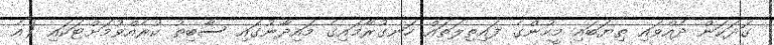
ގަދަކަން ދެއްވައި ތިޔަބައި މީހުންގެ ފައިތިލަތައް ހަނގުރާމައިގެ މައިދާނުގައި ސާބިތު ކުރެއްވުމަށްޓަކައި (އެ